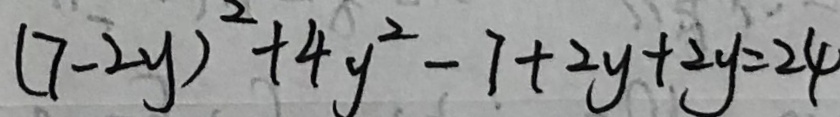
( 7 - 2 y ) ^ { 2 } + 4 y ^ { 2 } - 7 + 2 y + 2 y = 2 4